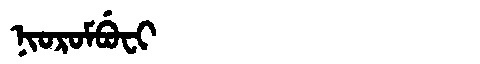
Manchu: ᠨᡳᠣᡵᠣᠮᠪᡠᠸᡳ
Romanization: NIOROMBUFI